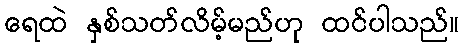
ရေထဲ နှစ်သတ်လိမ့်မည်ဟု ထင်ပါသည်။